Lunatic asylums Bombay report 1891-1903 - 1891-1903
Year: 1891
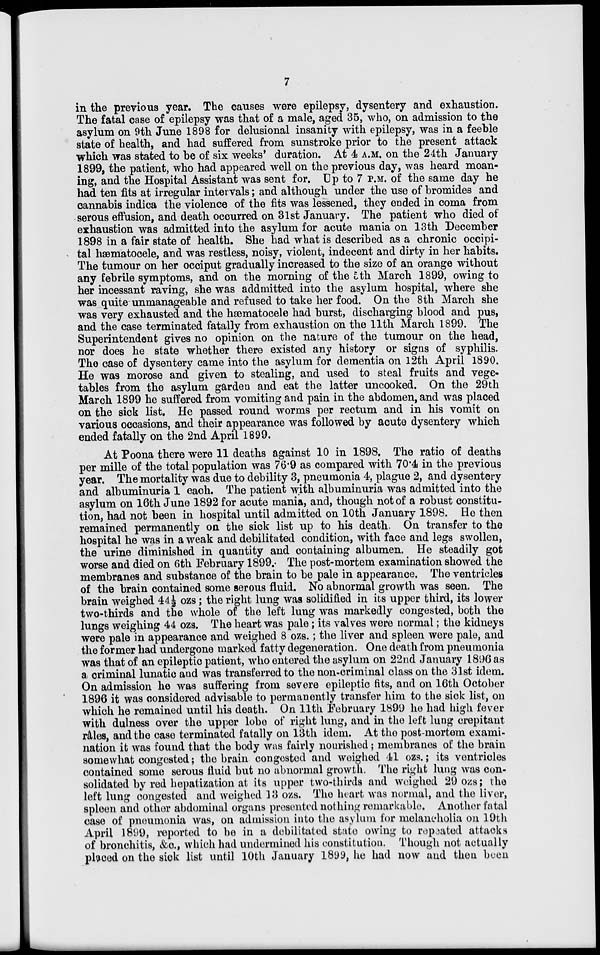
7
in the previous year. The causes were epilepsy, dysentery and exhaustion.
The fatal case of epilepsy was that of a male, aged 35, who, on admission to the
asylum on 9th June 1898 for delusional insanity with epilepsy, was in a feeble
state of health, and had suffered from sunstroke prior to the present attack
which was stated to be of six weeks' duration. At 4 A.M. on the 24th January
1899, the patient, who had appeared well on the previous day, was heard moan-
ing, and the Hospital Assistant was sent for. Up to 7 P.M. of the same day he
had ten fits at irregular intervals ; and although under the use of bromides and
cannabis indica the violence of the fits was lessened, they ended in coma from
serous effusion, and death occurred on 31st January. The patient who died of
exhaustion was admitted into the asylum for acute mania on 13th December
1898 in a fair state of health. She had what is described as a chronic occipi-
tal hæmatocele, and was restless, noisy, violent, indecent and dirty in her habits.
The tumour on her occiput gradually increased to the size of an orange without
any febrile symptoms, and on the morning of the 5th March 1899, owing to
her incessant raving, she was addmitted into the asylum hospital, where she
was quite unmanageable and refused to take her food. On the 8th March she
was very exhausted and the hæmatocele had burst, discharging blood and pus,
and the case terminated fatally from exhaustion on the 11th March 1899. The
Superintendent gives no opinion on the nature of the tumour on the head,
nor does he state whether there existed any history or signs of syphilis.
The case of dysentery came into the asylum for dementia on 12th April 1890.
He was morose and given to stealing, and used to steal fruits and vege-
tables from the asylum garden and eat the latter uncooked. On the 29th
March 1899 he suffered from vomiting and pain in the abdomen, and was placed
on the sick list. He passed round worms per rectum and in his vomit on
various occasions, and their appearance was followed by acute dysentery which
ended fatally on the 2nd April 1899.
At Poona there were 11 deaths against 10 in 1898. The ratio of deaths
per mille of the total population was 76.9 as compared with 70.4 in the previous
year. The mortality was due to debility 3, pneumonia 4, plague 2, and dysentery
and albuminuria 1 each. The patient with albuminuria was admitted into the
asylum on 16th June 1892 for acute mania, and, though not of a robust constitu-
tion, had not been in hospital until admitted on 10th January 1898. He then
remained permanently on the sick list up to his death. On transfer to the
hospital he was in a weak and debilitated condition, with face and legs swollen,
the urine diminished in quantity and containing albumen. He steadily got
worse and died on 6th February 1899. The post-mortem examination showed the
membranes and substance of the brain to be pale in appearance. The ventricles
of the brain contained some serous fluid. No abnormal growth was seen. The
brain weighed 44½ ozs ; the right lung was solidified in its upper third, its lower
two-thirds and the whole of the left lung was markedly congested, both the
lungs weighing 44 ozs. The heart was pale ; its valves were normal ; the kidneys
were pale in appearance and weighed 8 ozs. ; the liver and spleen were pale, and
the former had undergone marked fatty degeneration. One death from pneumonia
was that of an epileptic patient, who entered the asylum on 22nd January 1896 as
a criminal lunatic and was transferred to the non-criminal class on the 31st idem.
On admission he was suffering from severe epileptic fits, and on 16th October
1896 it was considered advisable to permanently transfer him to the sick list, on
which he remained until his death. On 11th February 1899 he had high fever
with dulness over the upper lobe of right lung, and in the left lung crepitant
râles, and the case terminated fatally on 13th idem. At the post-mortem exami-
nation it was found that the body was fairly nourished ; membranes of the brain
somewhat congested ; the brain congested and weighed 41 ozs. ; its ventricles
contained some serous fluid but no abnormal growth. The right lung was con-
solidated by red hepatization at its upper two-thirds and weighed 29 ozs ; the
left lung congested and weighed 13 ozs. The heart was normal, and the liver,
spleen and other abdominal organs presented nothing remarkable. Another fatal
case of pneumonia was, on admission into the asylum for melancholia on 19th
April 1899, reported to be in a debilitated state owing to repeated attacks
of bronchitis, &c., which had undermined his constitution. Though not actually
placed on the sick list until 10th January 1899, he had now and then been